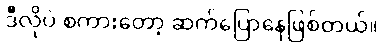
ဒီလိုပဲ စကားတော့ ဆက်ပြောနေဖြစ်တယ်။